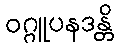
ဝဂ္ဂူပနဒန္တိ